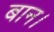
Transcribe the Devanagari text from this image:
बान।